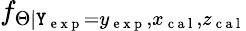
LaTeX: f_{\Theta|\mathtt{Y}_{\mathrm{{~e~x~p~}}}=y_{\mathrm{{~e~x~p~}}},x_{\mathrm{{~c~a~l~}}},z_{\mathrm{{~c~a~l~}}}}